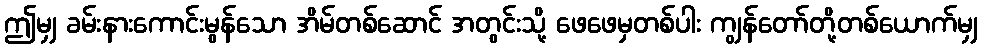
ဤမျှ ခမ်းနားကောင်းမွန်သော အိမ်တစ်ဆောင် အတွင်းသို့ ဖေဖေမှတစ်ပါး ကျွန်တော်တို့တစ်ယောက်မျှ